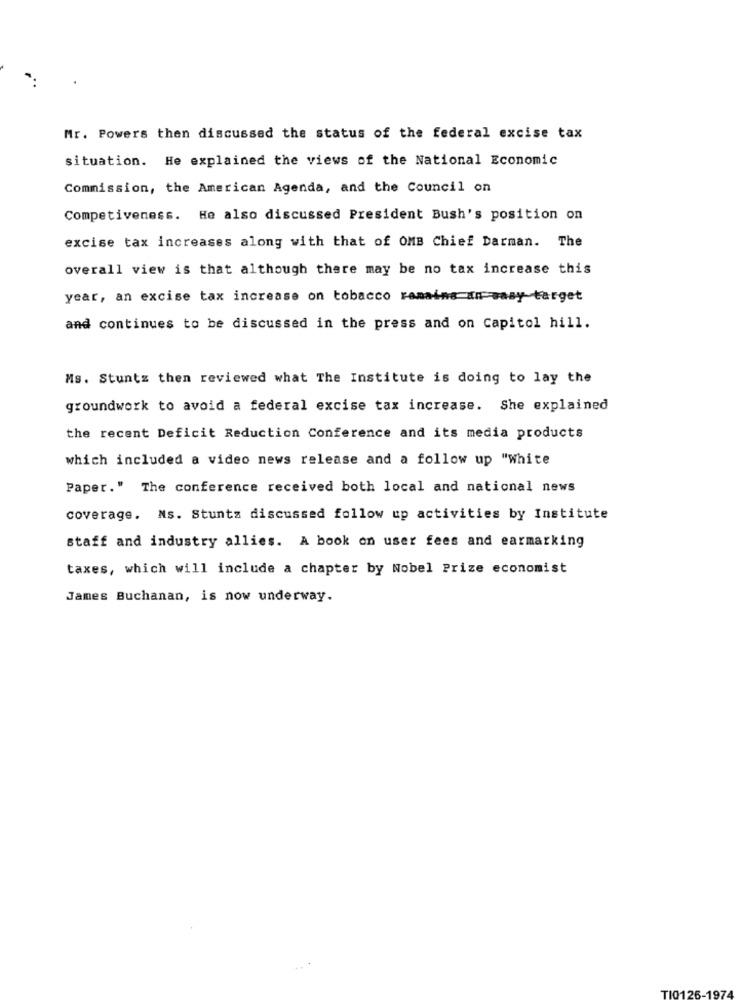
Mr. Powers then discussed the status of the federal excise tax
situation. He explained the views of the National Economic
Commission, the American Agenda, and the Council on
Competiveness. He also discussed President Bush's position on
excise tax increases along with that of OMB Chief Darman. The
overall view is that although there may be no tax increase this
year, an excise tax increase on tobacco ramaine an-wasy target
and continues to be discussed in the press and on Capitol hill.
Ms. Stuntz then reviewed what The Institute is doing to lay the
groundwork to avoid a federal excise tax increase. She explained
the recent Deficit Reduction Conference and its media products
which included a video news release and a follow up "White
Paper." The conference received both local and national news
coverage. Ns. Stuntz discussed follow up activities by Institute
staff and industry allies. A book on user fees and earmarking
taxes, which will include a chapter by Nobel Prize economist
James Buchanan, is now underway.